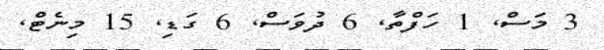
3 މަސް